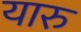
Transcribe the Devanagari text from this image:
यारु